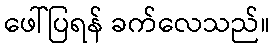
ဖေါ်ပြရန် ခက်လေသည်။